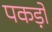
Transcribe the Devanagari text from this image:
पकड़ों